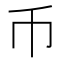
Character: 币